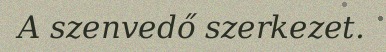
A szenvedő szerkezet.